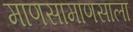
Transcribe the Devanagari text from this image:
माणसामाणसाला